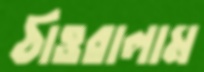
ঠাওরালাম